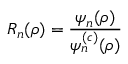
R _ { n } ( \rho ) = \frac { \psi _ { n } ( \rho ) } { \psi _ { n } ^ { ( c ) } ( \rho ) }